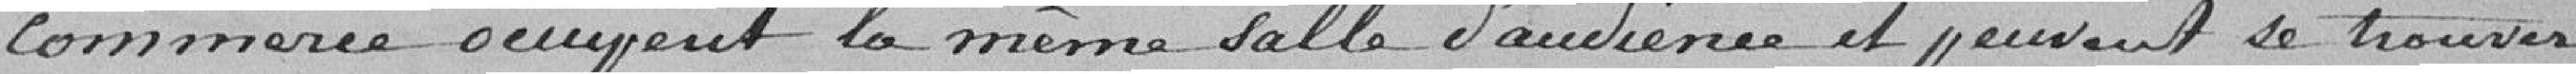
Commerce occupent la même salle d'audience et peuvent se trouver